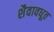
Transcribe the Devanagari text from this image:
शैवावधूत